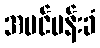
အပင်ပန်းခံ